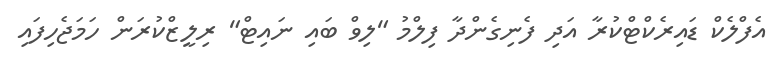
އެފްލެކް ޑައިރެކްޓްކުރާ އަދި ފެނިގެންދާ ފިލްމު "ލިވް ބައި ނައިޓް" ރިލީޒްކުރަން ހަމަޖެހިފައި